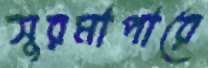
সুরমাপারে